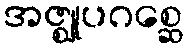
အဇ္ဈုပဂစ္ဆေ